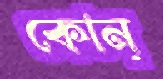
কোন্